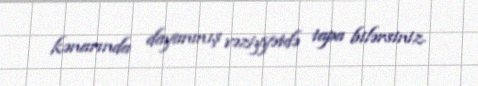
kənarında dayanmış vəziyyətdə tapa bilərsiniz.